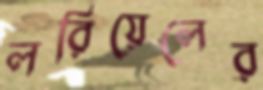
লরিয়েলের